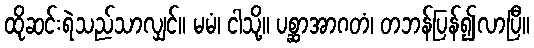
ထိုဆင်းရဲသည်သာလျှင်။ မမံ၊ ငါသို့။ ပစ္ဆာအာဂတံ၊ တဘန်ပြန်၍လာပြီ။